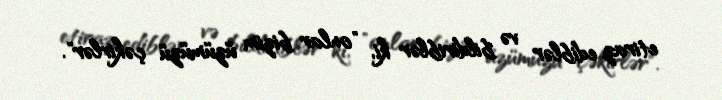
etiraz ediblər və bildiriblər ki, "onlar bizim üzümüzü çəkirlər".